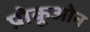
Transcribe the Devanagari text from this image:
प्रोकूओन